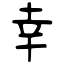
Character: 幸